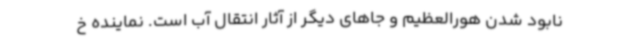
نابود شدن هورالعظیم و جاهای دیگر از آثار انتقال آب است. نماینده خ